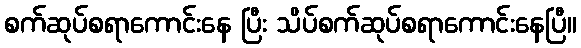
စက်ဆုပ်စရာကောင်းနေ ပြီး သိပ်စက်ဆုပ်စရာကောင်းနေပြီ။